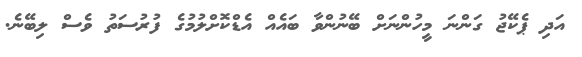
އަދި ޕެކޭޖު ގަންނަ މީހުންނަށް ބޭނުންވާ ބައެއް އެޑްކޮށްލުމުގެ ފުރުސަތު ވެސް ލިބޭނެ.